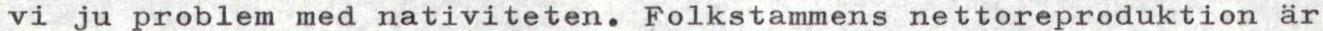
vi ju problem med nativiteten. Folkstammens nettoreproduktion är